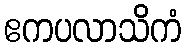
ဧကပလာသိကံ